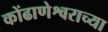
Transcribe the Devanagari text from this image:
कोंढाणेश्वराच्या